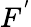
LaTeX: F^{'}